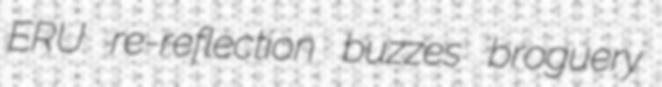
ERU re-reflection buzzes broguery